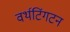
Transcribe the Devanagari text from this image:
वर्थटिंगटन